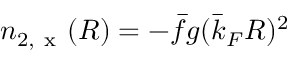
n _ { 2 , \mathrm { ~ x ~ } } ( R ) = - \bar { f } g ( \bar { k } _ { F } R ) ^ { 2 }